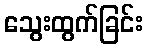
သွေးထွက်ခြင်း